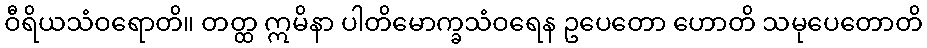
ဝီရိယသံဝရောတိ။ တတ္ထ ဣမိနာ ပါတိမောက္ခသံဝရေန ဥပေတော ဟောတိ သမုပေတောတိ